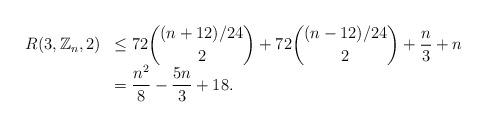
LaTeX: \begin{align*}\begin{array}{rl}\displaystyle R(3,\mathbb{Z}_n,2) & \displaystyle \leq 72{ (n+12)/24 \choose 2 }+ 72{ (n-12)/24 \choose 2 } + \frac{n}{3}+n \\& \displaystyle = \frac{n^2}{8}-\frac{5n}{3}+18.\end{array}\end{align*}